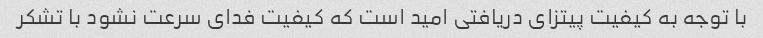
با توجه به کیفیت پیتزای دریافتی امید است که کیفیت فدای سرعت نشود با تشکر